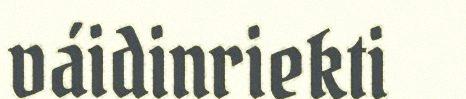
váidinriekti